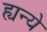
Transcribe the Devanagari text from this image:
ह्यन्ये